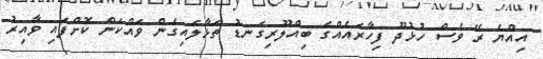
އިއްޔެ ރޭ ވެސް ހުޅުދޫ ފިހާރައެއްގެ ބިއްލޫރިގަނޑު ތަޅާލައިގެން ވައްކަން ކޮށްފައި ވާއިރު